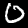
Label: 0